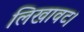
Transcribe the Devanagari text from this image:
लिखावट।